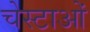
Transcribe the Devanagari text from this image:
चेस्टाओं